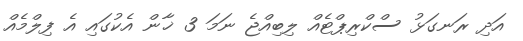
އަދި ރަނގަޅު ސްކްރިޕްޓެއް ލިބިއްޖެ ނަމަ 3 ޚާން އެކުގައި އެ ފިލްމެއް